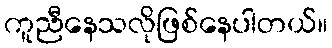
ကူညီနေသလိုဖြစ်နေပါတယ်။